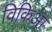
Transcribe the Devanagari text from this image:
विकिआ